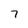
Character: 7